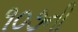
૧૦૭ની